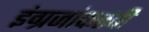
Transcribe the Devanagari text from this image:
इंग्रजांकरवी